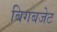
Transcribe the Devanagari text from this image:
बिगबजेट